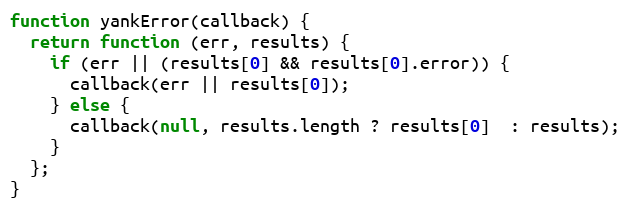
Language: JavaScript
function yankError(callback) {
  return function (err, results) {
    if (err || (results[0] && results[0].error)) {
      callback(err || results[0]);
    } else {
      callback(null, results.length ? results[0]  : results);
    }
  };
}